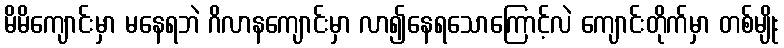
မိမိကျောင်းမှာ မနေရဘဲ ဂိလာနကျောင်းမှာ လာ၍နေရသောကြောင့်လဲ ကျောင်းတိုက်မှာ တစ်မျိုး